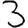
Digit: 3